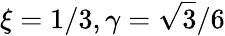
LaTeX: \xi=1/3,\gamma=\sqrt 3/6